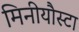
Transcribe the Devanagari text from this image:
मिनीयौस्टा